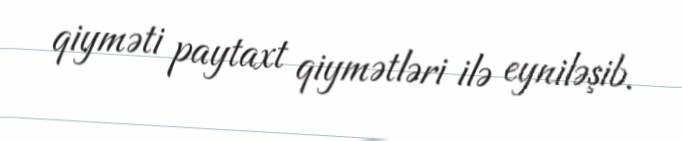
qiyməti paytaxt qiymətləri ilə eyniləşib.